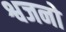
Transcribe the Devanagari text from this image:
श्वजनो